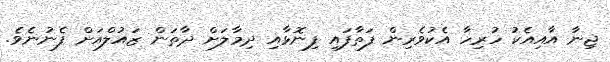
ޖިނާ އާއިއެކު ހުރިހާ އެކުވެރިން ފަތާފައި ފިނޮޅާއި ދިމާލަށް ދާތަން ޒައުލްއަށް ފެނުނެވެ.